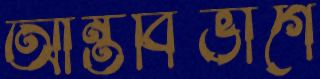
আন্তবিভাগে